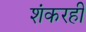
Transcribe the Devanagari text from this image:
शंकरही